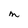
Character: m